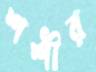
শশীর